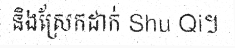
និងស្រែកដាក់ Shu Qi។